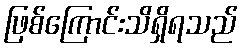
ဖြစ်ကြောင်းသိရှိရသည်